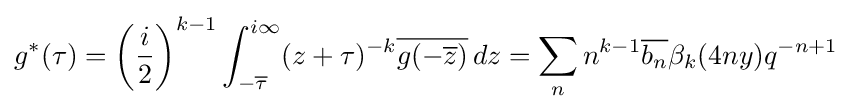
g^{*}(\tau )=\left({\frac {i}{2}}\right)^{k-1}\int _{-{\overline {\tau }}}^{i\infty }(z+\tau )^{-k}{\overline {g(-{\overline {z}})}}\,dz=\sum _{n}n^{k-1}{\overline {b_{n}}}\beta _{k}(4ny)q^{-n+1}